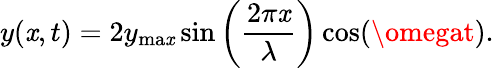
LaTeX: y(\mathit{x},t)=2y_{\mathrm{{ma\mathit{x}}}}\sin\left({\frac{{2\pi\mathit{x}}}{{\lambda}}}\right)\cos(\omegat).